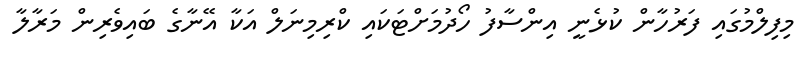
މިފިލްމުގައި ފަރުހާން ކުޅެނީ އިންސާފު ހޯދުމަށްޓަކައި ކްރިމިނަލް އަކާ އޭނާގެ ބައިވެރިން މަރާލާ